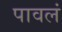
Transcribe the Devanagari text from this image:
पावलं